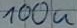
Text: 100u